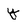
Character: y